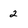
Character: 2